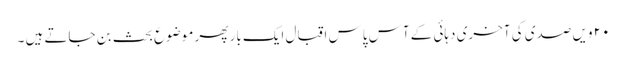
۲۰ ویں صدی کی آخری دہائی کے آس پاس اقبال ایک بار پھر موضوع ِبحث بن جاتے ہیں ۔